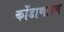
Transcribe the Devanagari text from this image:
कोंडाणापण